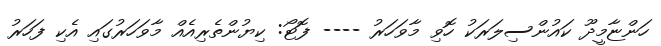
ހަންޏާމީދޫ ކައުންސިލަރަކު ހޮވި މާވަހަރު ---- ފޮޓޯ: ކިޔުންތެރިއެއް މާވަހަރުގައި އެކި ފަހަރު